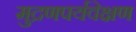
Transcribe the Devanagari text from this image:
मुद्रणपर्यवेक्षण